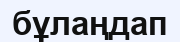
бұлаңдап